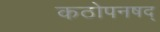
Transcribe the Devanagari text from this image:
कठोपनषद्